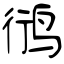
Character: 鸻